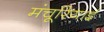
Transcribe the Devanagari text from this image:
मंचूरियाई